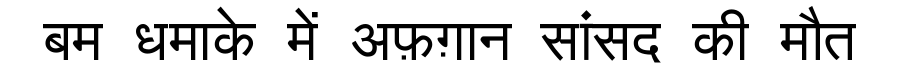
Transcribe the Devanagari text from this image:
बम धमाके में अफ़ग़ान सांसद की मौत